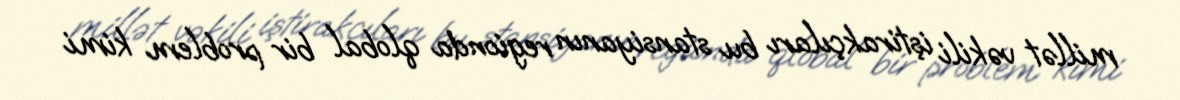
millət vəkili iştirakçıları bu stansiyanın regionda qlobal bir problem kimi